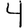
Digit: 4